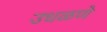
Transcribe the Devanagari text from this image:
उधळणे